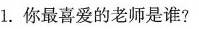
1.你最喜爱的老师是谁?